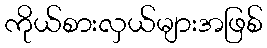
ကိုယ်စားလှယ်များအဖြစ်